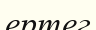
ертег